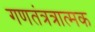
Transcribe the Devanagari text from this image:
गणतंत्रत्रात्मक